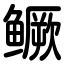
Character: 鳜